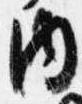
内